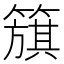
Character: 簱